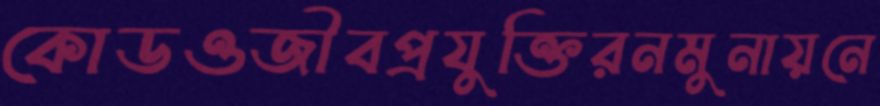
কোডওজীবপ্রযুক্তিরনমুনায়নে